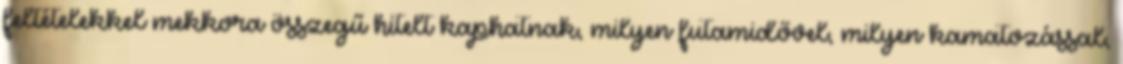
feltételekkel mekkora összegű hitelt kaphatnak, milyen futamidővel, milyen kamatozással,